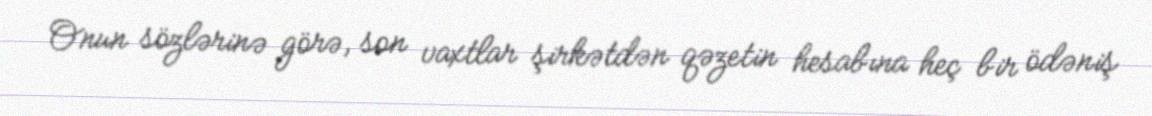
Onun sözlərinə görə, son vaxtlar şirkətdən qəzetin hesabına heç bir ödəniş